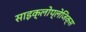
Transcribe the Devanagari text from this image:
साइक्लोप्लेजिक्स